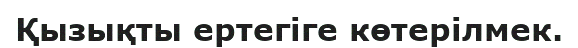
Қызықты ертегіге көтерілмек.